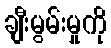
ချီးမွမ်းမှုကို